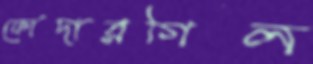
ফোদারগিল